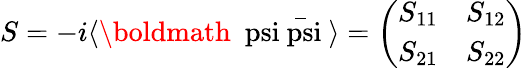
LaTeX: S=-i\langle\mathrm{\boldmath~\ psi\bar{\ psi}~}\rangle=\biggl(\begin{array}{cr}{{S_{11}}}&{{S_{12}}}\\ {{S_{21}}}&{{S_{22}}}\end{array}\biggr)